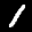
Label: 1